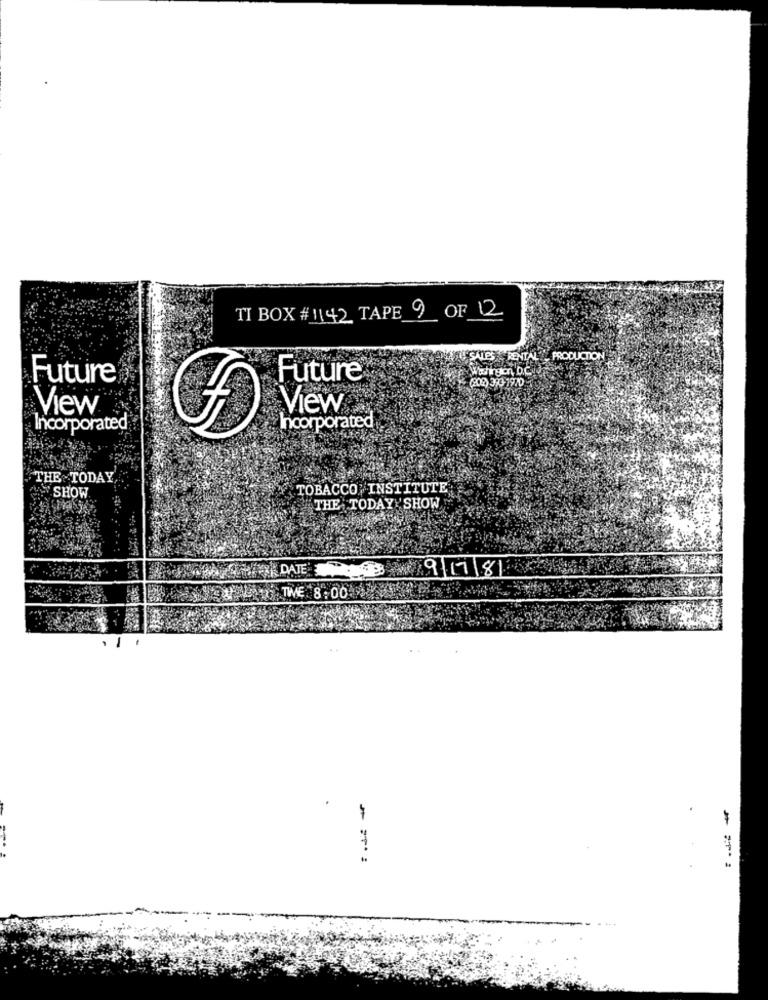
TI BOX # 1142 TAPE 9 OF 12
SALES RENTAL PRODUCTION
Future
Future
(208) 393-1970
View
View
Incorporated
Incorporated
THE TODAY,
"SHOW
TOBACCO INSTITUTE
THE TODAY SHOW
DATE
9 17 8
TWE 8:00
-
===